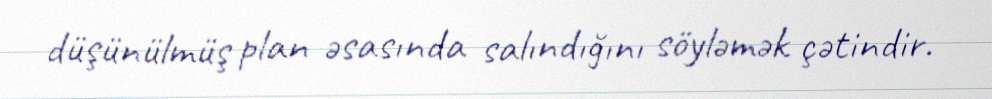
düşünülmüş plan əsasında salındığını söyləmək çətindir.